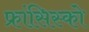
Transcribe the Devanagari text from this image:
फ्रांसिस्‍को